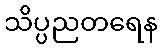
သိပ္ပညတရေန